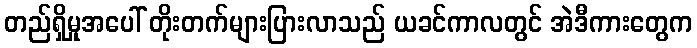
တည်ရှိမှုအပေါ် တိုးတက်များပြားလာသည် ယခင်ကာလတွင် အဲဒီကားတွေက